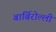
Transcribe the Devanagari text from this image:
बार्बिरोल्ली